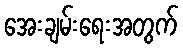
အေးချမ်းရေးအတွက်